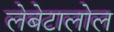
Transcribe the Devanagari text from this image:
लेबेटालोल